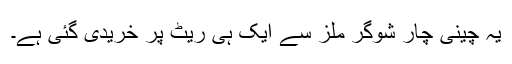
یہ چینی چار شوگر ملز سے ایک ہی ریٹ پر خریدی گئی ہے۔